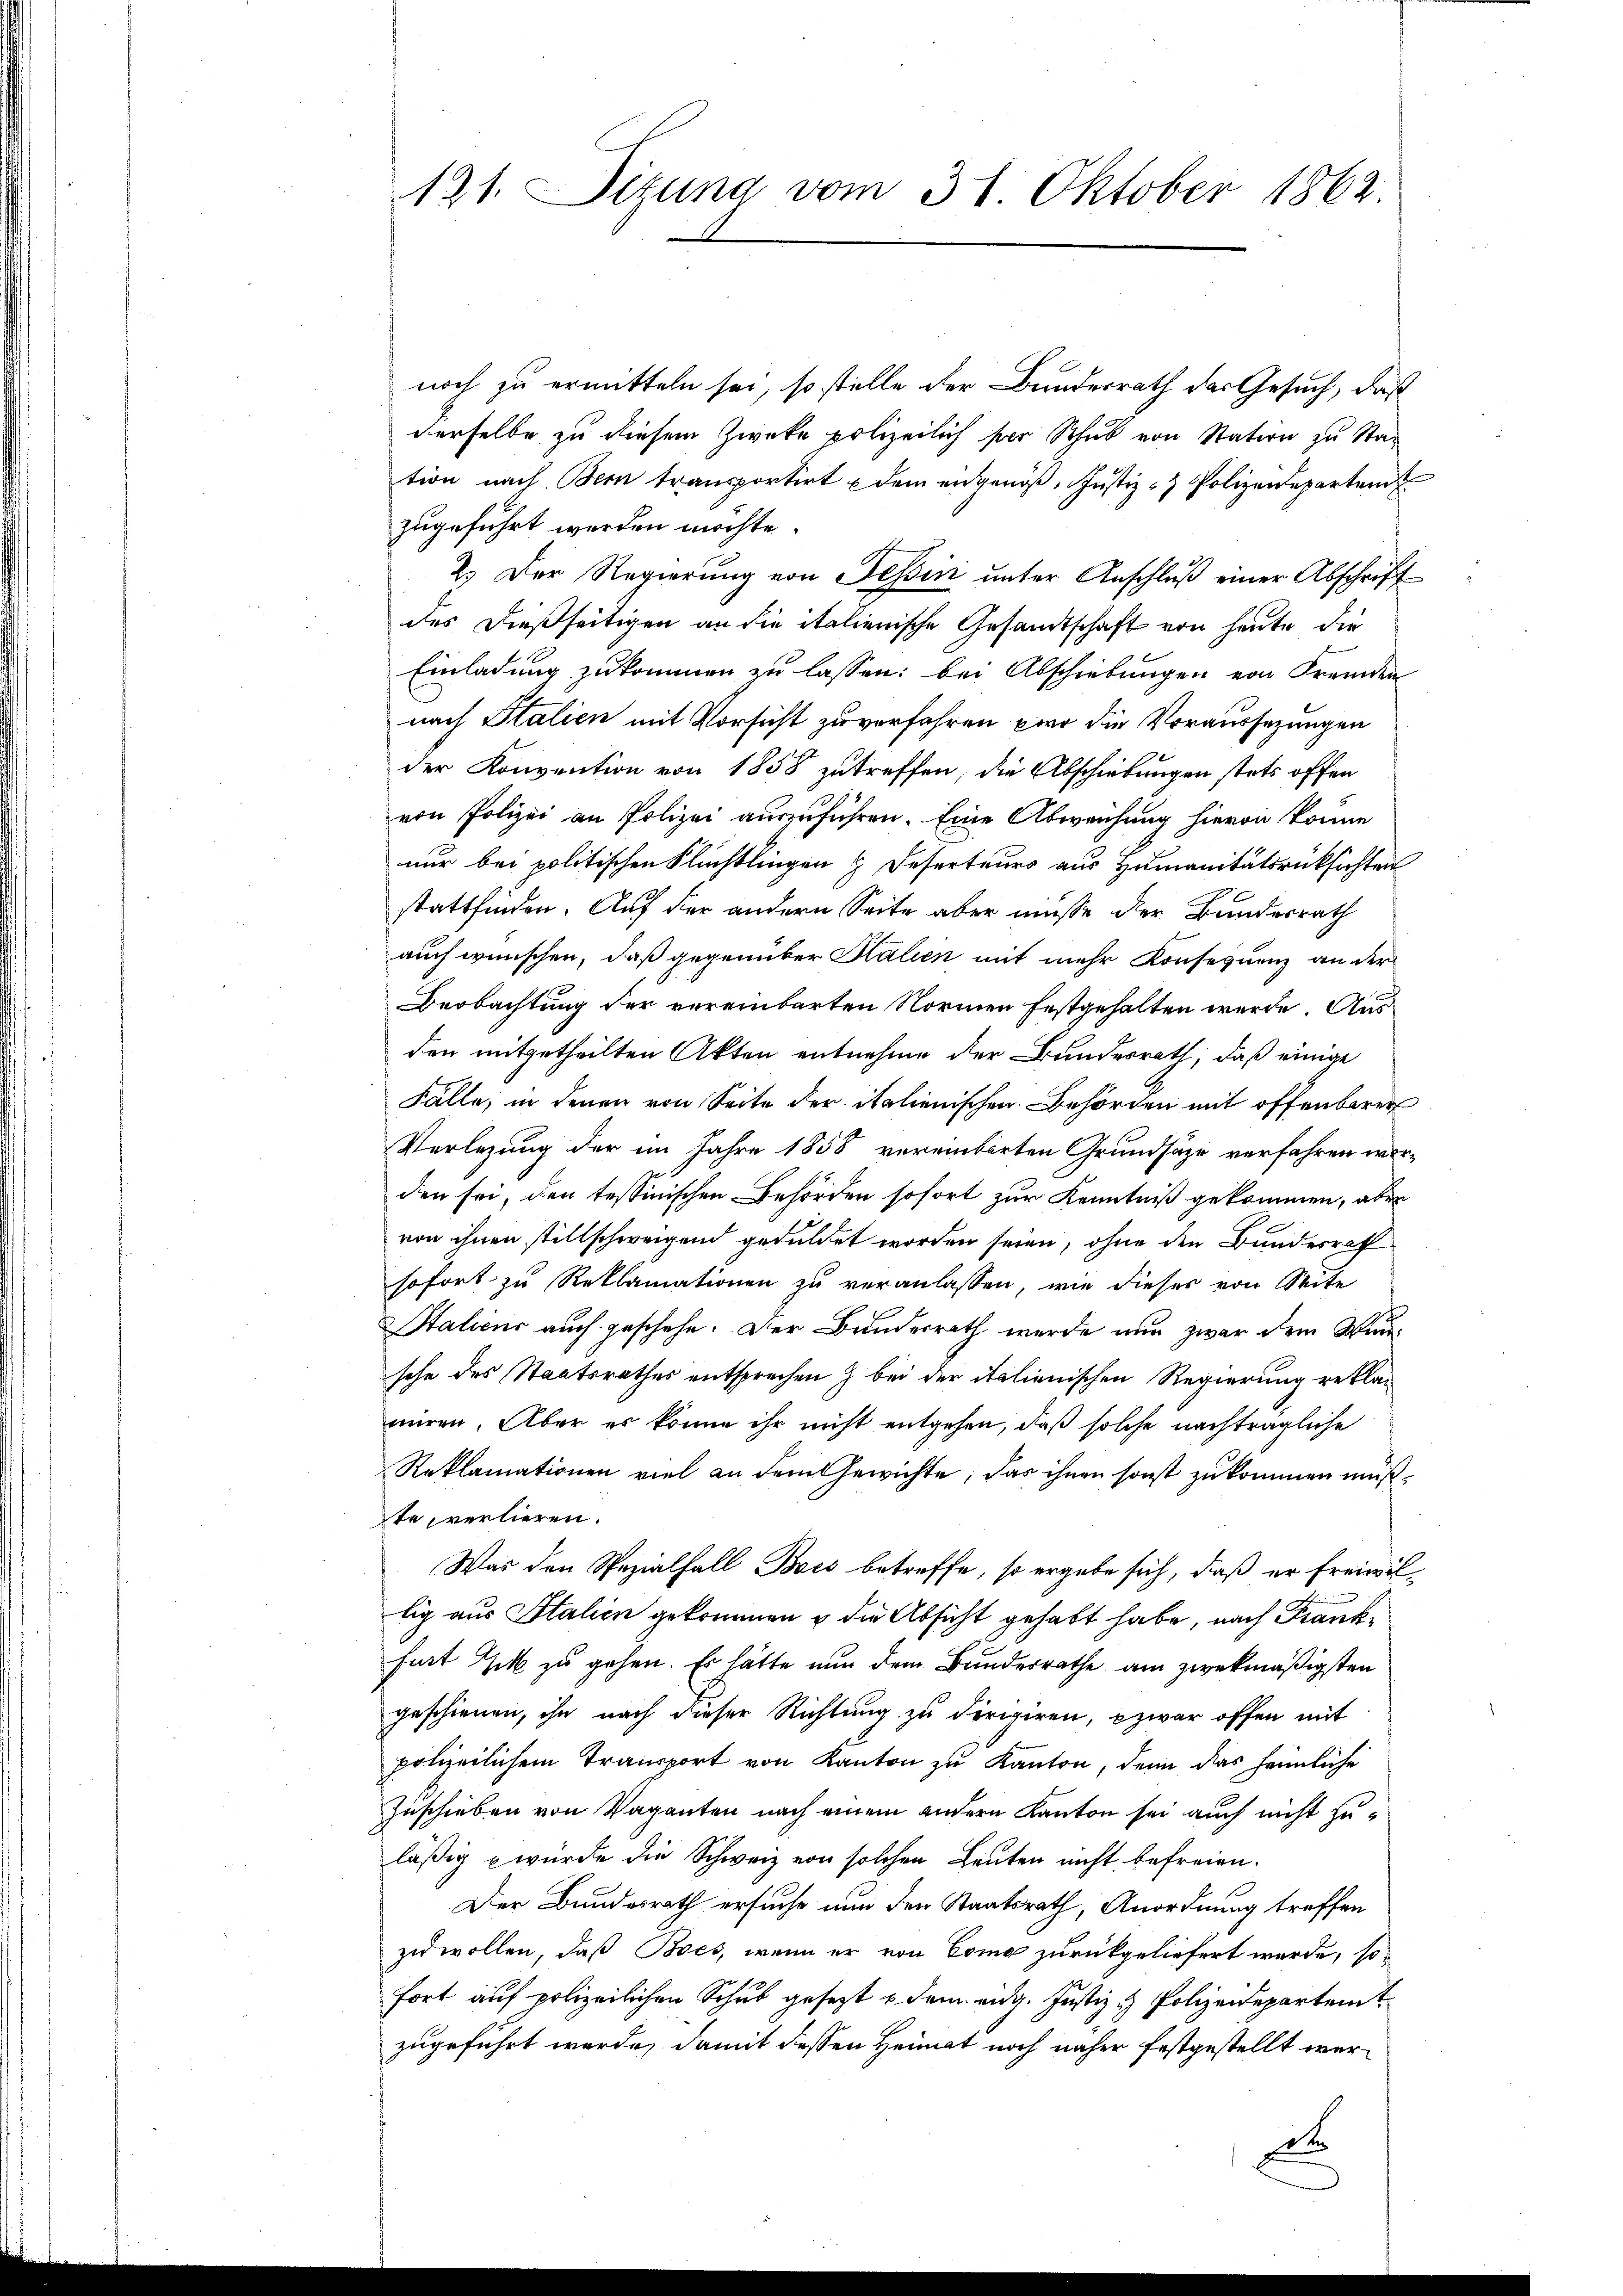
121. Sitzuna vom 31. Oktober 1862.

noch zu ermitteln sei, so stelle der Bundesrath der Gesuch, daß
derselbe zu diesem Zwecke polizeilich per Schub von Station zu Stat
tion nach Bern transportirt dem angenoß, Justiz- & Polizeidepartem
zugeführt werden möchte.
2.) Der Regierŭng von Tessin ŭnter Anschlŭβ einer Abschrift
des dießseitigen an die italienische Gesandtschaft von heute die
Einladung zukommen zu lassen: bei Abschiebungen von Fremden
nach Italien mit Vorsicht zu verfahren, wo die Voraussezungen
der Konvention von 1858 zu treffen, die Abschiebungen stets offen
von Polizei an Polizei aŭszŭführen. Eine Abweichung hievon könne
nur bei politischen Flüchtlingen & Deserteurs aus Humanitätsrüksichten
stattfinden. Auf der andern Seite aber müsse der Bundesrath
auch wünschen, daß gegenüber Kalien mit mehr Konsequenz an der
Beobachtung der vereinbarten Normen festgehalten werde. Aus
den mitgetheilten Akten entnehme der Bundesrath, daß einige
Fälle, in denen von Seite der italienischen Behörden mit offenbaren
Verlegung der im Jahre 1858 vereinbarten Grundsätze verfahren worden sei, den tessinischen Behörden sofort zur Kenntniß gekommen, aber
von ihnen stillschweigend geduldet worden seien, ohne den Bundesrath
sofort zu Reklamationen zu veranlassen, wie dieser von Seite
Staliens auch geschehe. Der Bundesrath wurde nun zwar dem Windsche des Staatsrathes entsprechen & bei der italienischen Regierung reklaniren. Aber es könne ihr nicht entgehen, daß solche nachträgliche
Reklamationen viel an dem Gewichte; das ihnen sonst zukommen mußte verlieren.
Was den Spezialfall Bois betreffe, so ergebe sich, daß er freiwillig aus Italien gekommen u die Absicht gehabt habe, nach Frankfurt Zik zu gehen. Es hätte nun dem Bundesrathe am zwekmäßigsten
geschienen, ihn nach dieser Richtung zu dirigiren, zwar offen mit
polizeilichem Transport von Kanton zu Kanton, denn das heimliche
Zuschieben von Vaganten nach einem andern Kanton sei auch nicht zuläßig wurde die Schweiz von solchen Leuten nicht befreien.
Der Bundesrath ersuche nun den Staatsrath, Anordnung treffen
zuwollen, daß Boes, wenn er von Como zurückgeliefert wurde, so-
fort auf polizeilichen Schub gesezt u dem eidg. Justiz & Polizeidepartem
zugeführt werde, damit dessen Heimat noch näher festgestellt wer¬
D